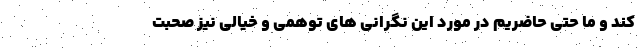
کند و ما حتی حاضریم در مورد این نگرانی های توهمی و خیالی نیز صحبت